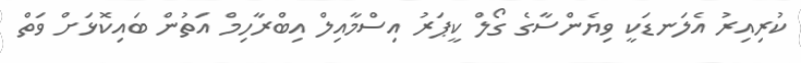
ކުރިއިރު އެލަނޑަކީ ވިޔެންސާގެ ގޯލް ކީޕަރު އިސްމާއިލް އިބްރާހިމް އަތުން ބައިކޮޅަށް ވަތް